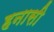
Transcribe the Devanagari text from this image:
हनासी